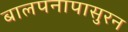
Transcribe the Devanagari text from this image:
बालपनापासुरन